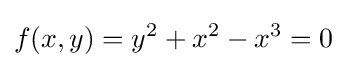
f(x,y)=y^{2}+x^{2}-x^{3}=0